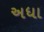
અધા